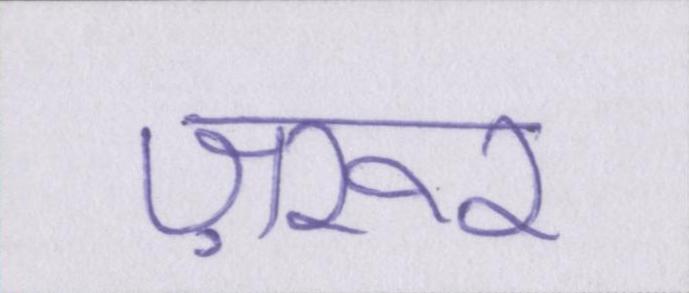
ज़रूर